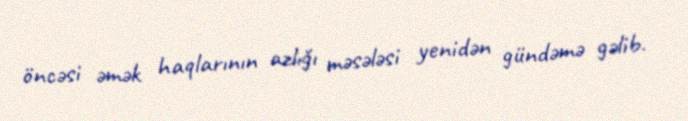
öncəsi əmək haqlarının azlığı məsələsi yenidən gündəmə gəlib.